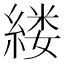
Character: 𫃵